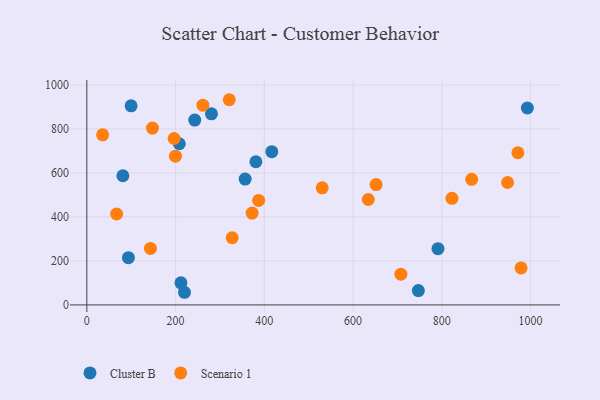
{"axis": {"x": "Ad Spend", "y": "Profit"}, "legend": ["Cluster B", "Scenario 1"], "data": [{"x": "212.1", "y": 100.2, "type": "Cluster B"}, {"x": "99.8", "y": 905.1, "type": "Cluster B"}, {"x": "243.2", "y": 840.3, "type": "Cluster B"}, {"x": "93.7", "y": 214.9, "type": "Cluster B"}, {"x": "791.4", "y": 255.8, "type": "Cluster B"}, {"x": "81.2", "y": 587.2, "type": "Cluster B"}, {"x": "992.9", "y": 895.3, "type": "Cluster B"}, {"x": "220.1", "y": 57.4, "type": "Cluster B"}, {"x": "381.0", "y": 650.8, "type": "Cluster B"}, {"x": "280.9", "y": 868.7, "type": "Cluster B"}, {"x": "747.2", "y": 65.1, "type": "Cluster B"}, {"x": "208.4", "y": 732.8, "type": "Cluster B"}, {"x": "356.8", "y": 572.3, "type": "Cluster B"}, {"x": "416.9", "y": 696.5, "type": "Cluster B"}, {"x": "978.7", "y": 168.0, "type": "Scenario 1"}, {"x": "971.5", "y": 691.7, "type": "Scenario 1"}, {"x": "196.7", "y": 756.6, "type": "Scenario 1"}, {"x": "67.2", "y": 413.4, "type": "Scenario 1"}, {"x": "321.0", "y": 932.9, "type": "Scenario 1"}, {"x": "948.3", "y": 556.6, "type": "Scenario 1"}, {"x": "147.8", "y": 803.9, "type": "Scenario 1"}, {"x": "867.3", "y": 571.0, "type": "Scenario 1"}, {"x": "530.4", "y": 532.5, "type": "Scenario 1"}, {"x": "143.4", "y": 256.6, "type": "Scenario 1"}, {"x": "199.7", "y": 676.4, "type": "Scenario 1"}, {"x": "261.5", "y": 908.2, "type": "Scenario 1"}, {"x": "707.8", "y": 139.5, "type": "Scenario 1"}, {"x": "35.6", "y": 773.1, "type": "Scenario 1"}, {"x": "387.2", "y": 475.0, "type": "Scenario 1"}, {"x": "372.5", "y": 417.3, "type": "Scenario 1"}, {"x": "651.9", "y": 547.2, "type": "Scenario 1"}, {"x": "822.9", "y": 484.5, "type": "Scenario 1"}, {"x": "327.6", "y": 305.4, "type": "Scenario 1"}, {"x": "634.4", "y": 479.2, "type": "Scenario 1"}]}